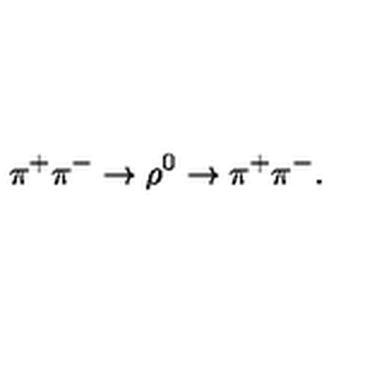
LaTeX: \pi ^ { + } \pi ^ { - } \rightarrow \rho ^ { 0 } \rightarrow \pi ^ { + } \pi ^ { - } .